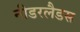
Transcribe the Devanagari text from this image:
नीडरलैडस